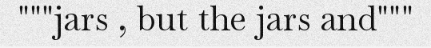
"""jars , but the jars and"""